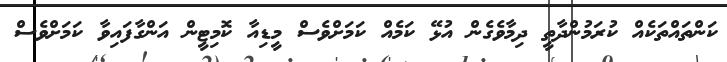
ކަންތައްތަކެއް ކުރަމުންދާތީ ދިމާވެގެން އުޅޭ ކަމެއް ކަމަށްވެސް މީޑިއާ ކޮމިޓީން އަންގާފައިވާ ކަމަށްވެސް